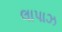
લાપાઝ